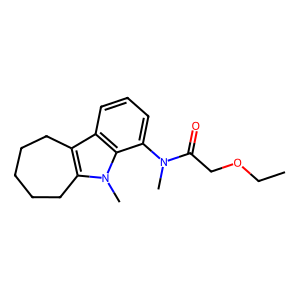
SMILES: CCOCC(=O)N(C)c1cccc2c3c(n(C)c12)CCCCC3
Inhibits HIV replication: No